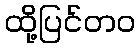
ထို့ပြင်တဝ